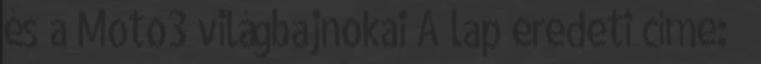
és a Moto3 világbajnokai A lap eredeti címe: „